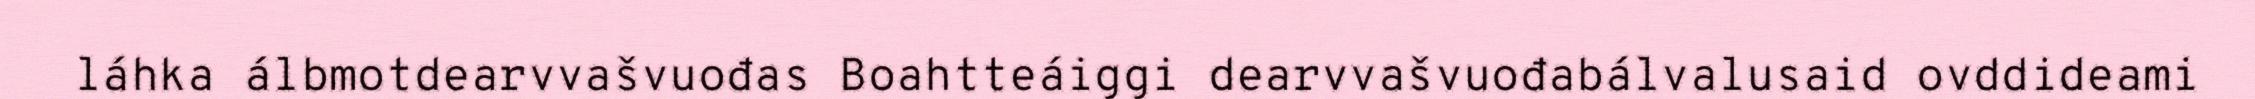
láhka álbmotdearvvašvuođas Boahtteáiggi dearvvašvuođabálvalusaid ovddideami